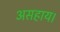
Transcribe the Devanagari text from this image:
असहाय।